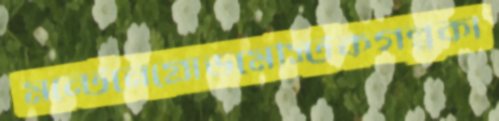
মন্টেনেগ্রোডমেস্টিকগল্পকা